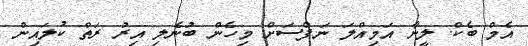
އެމް ބެކް. ލީނާ އަމިއްލަ ނަފްސަށް މިހެން ބުނެލި އިރު ރަތް ކުލައިން